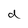
Character: d